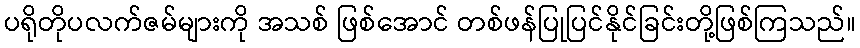
ပရိုတိုပလက်ဇမ်များကို အသစ် ဖြစ်အောင် တစ်ဖန်ပြုပြင်နိုင်ခြင်းတို့ဖြစ်ကြသည်။